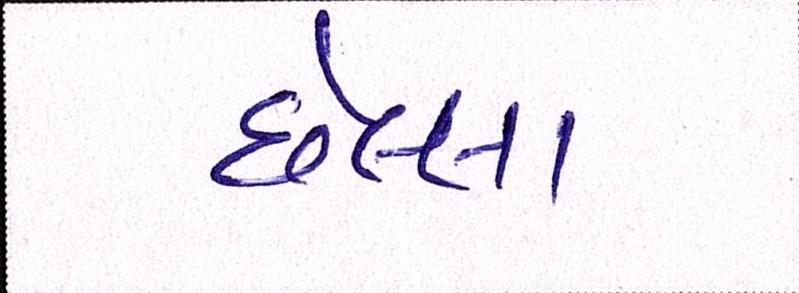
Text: છેલ્લા